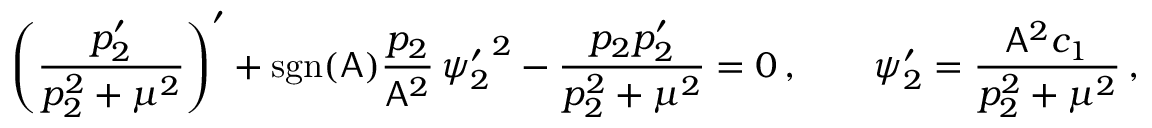
\left( \frac { p _ { 2 } ^ { \prime } } { p _ { 2 } ^ { 2 } + \mu ^ { 2 } } \right) ^ { \prime } + \mathrm { s g n } ( \mathsf { A } ) \frac { p _ { 2 } } { \mathsf { A } ^ { 2 } } \, { \psi _ { 2 } ^ { \prime } } ^ { 2 } - \frac { p _ { 2 } p _ { 2 } ^ { \prime } } { p _ { 2 } ^ { 2 } + \mu ^ { 2 } } = 0 \, , \qquad \psi _ { 2 } ^ { \prime } = \frac { \mathsf { A } ^ { 2 } c _ { 1 } } { p _ { 2 } ^ { 2 } + \mu ^ { 2 } } \, ,